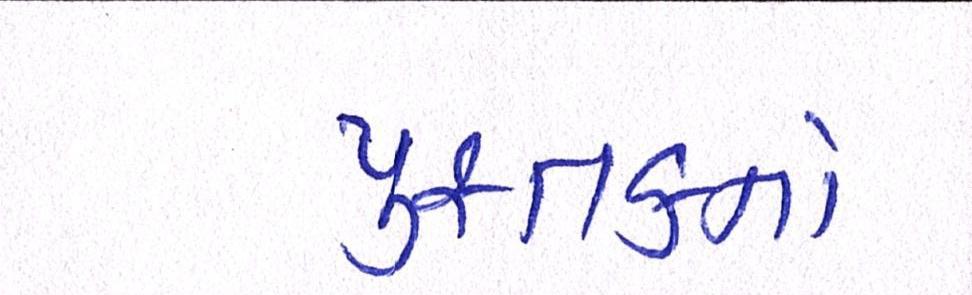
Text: પુસ્તકનો